Calcutta medical institutions reports 1879-81 [i.e.91]
Year: 1879
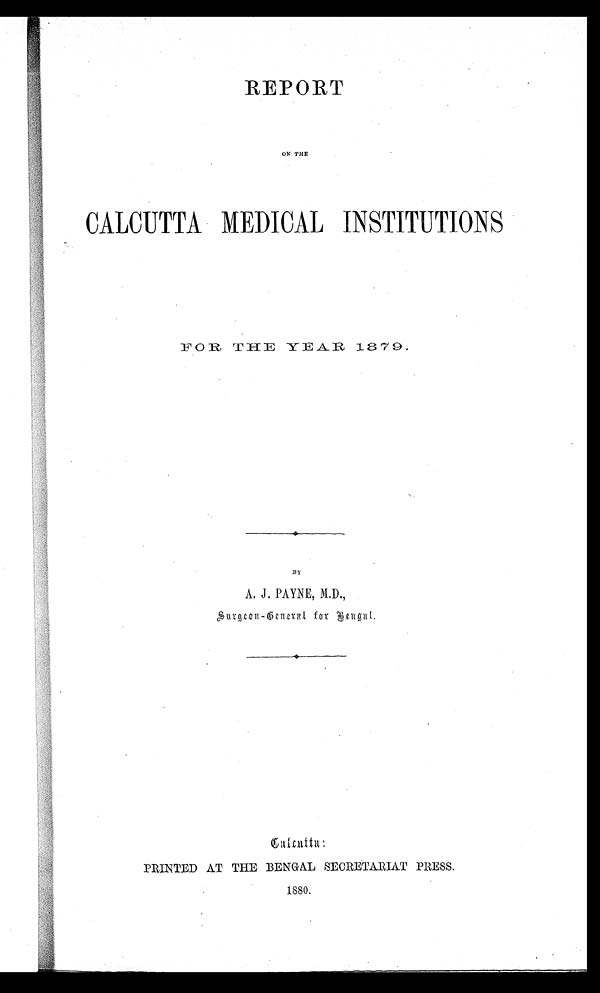
REPORT
ON THE
CALCUTTA MEDICAL INSTITUTIONS
F O R T H E Y E A R
1 8 7 9.
BY
A. J. PAYNE, M.D.,
Surgeon-General for Bengal.
Calcutta:
PRINTED AT THE BENGAL SECRETARIAT PRESS.
1880.